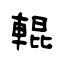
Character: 輥